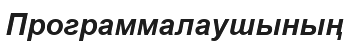
Программалаушының